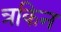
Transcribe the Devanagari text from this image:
त्रकिन